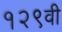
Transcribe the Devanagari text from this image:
१२९वी